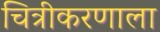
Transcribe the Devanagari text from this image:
चित्रीकरणाला